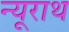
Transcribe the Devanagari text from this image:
न्यूराथ